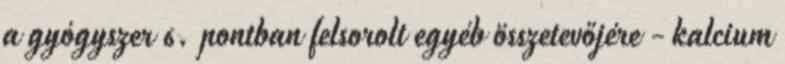
a gyógyszer 6. pontban felsorolt egyéb összetevőjére - kalcium